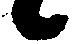
々